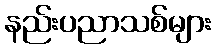
နည်းပညာသစ်များ